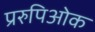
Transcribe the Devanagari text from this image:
प्ररुपिओक